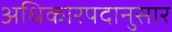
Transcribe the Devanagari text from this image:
अधिकारपदानुसार